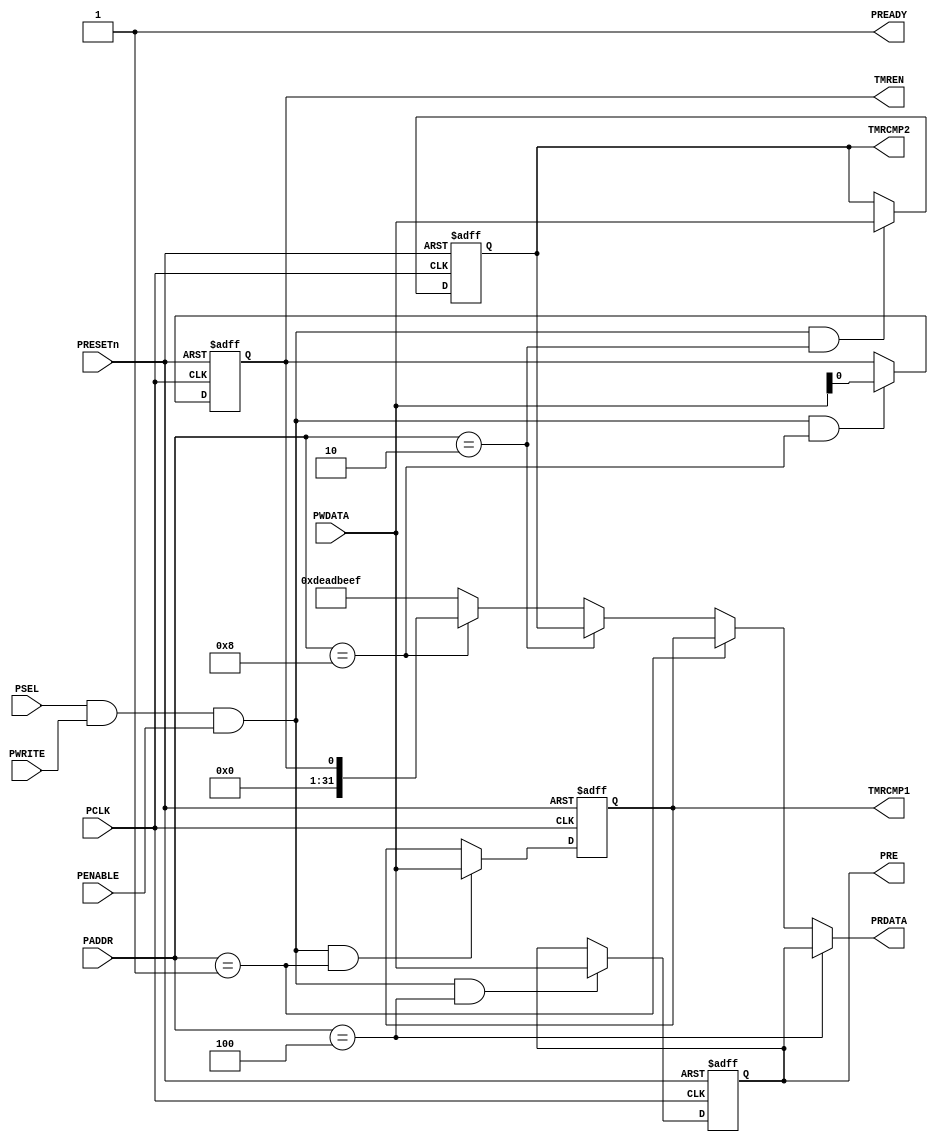
module APB_PWM32 (
	// APB Interface
	// clock and reset 
	input  wire        PCLK,    
	//input  wire        PCLKG,   // Gated clock
	input  wire        PRESETn, // Reset

	// input ports
	input  wire        PSEL,    // Select
	input  wire [19:2] PADDR,   // Address
	input  wire        PENABLE, // Transfer control
	input  wire        PWRITE,  // Write control
	input  wire [31:0] PWDATA,  // Write data

	// output ports
	output wire [31:0] PRDATA,  // Read data
	output wire        PREADY,
	// Device ready

	// IP Interface
	// PRE register/fields
	output [31:0] PRE,


	// TMRCMP1 register/fields
	output [31:0] TMRCMP1,


	// TMRCMP2 register/fields
	output [31:0] TMRCMP2,


	// TMREN register/fields
	output [0:0] TMREN

);
	wire rd_enable;
	wire wr_enable;
	assign  rd_enable = PSEL & (~PWRITE); 
	assign  wr_enable = PSEL & PWRITE & (PENABLE); 
	assign  PREADY = 1'b1;
    

    reg [31:0] PRE;

    reg [31:0] TMRCMP1;

    reg [31:0] TMRCMP2;

    reg [0:0] TMREN;


	// Register: PRE
	wire PRE_select = wr_enable & (PADDR[19:2] == 18'h4);

    always @(posedge PCLK or negedge PRESETn)
    begin
        if (~PRESETn)
            PRE <= 32'h0;
        else if (PRE_select)
            PRE <= PWDATA;
    end
    
	// Register: TMRCMP1
	wire TMRCMP1_select = wr_enable & (PADDR[19:2] == 18'h1);

    always @(posedge PCLK or negedge PRESETn)
    begin
        if (~PRESETn)
            TMRCMP1 <= 32'h0;
        else if (TMRCMP1_select)
            TMRCMP1 <= PWDATA;
    end
    
	// Register: TMRCMP2
	wire TMRCMP2_select = wr_enable & (PADDR[19:2] == 18'h2);

    always @(posedge PCLK or negedge PRESETn)
    begin
        if (~PRESETn)
            TMRCMP2 <= 32'h0;
        else if (TMRCMP2_select)
            TMRCMP2 <= PWDATA;
    end
    
	// Register: TMREN
	wire TMREN_select = wr_enable & (PADDR[19:2] == 18'h8);

    always @(posedge PCLK or negedge PRESETn)
    begin
        if (~PRESETn)
            TMREN <= 1'h0;
        else if (TMREN_select)
            TMREN <= PWDATA;
    end
    
	assign PRDATA = 
		(PADDR[19:2] == 18'h4) ? PRE : 
		(PADDR[19:2] == 18'h1) ? TMRCMP1 : 
		(PADDR[19:2] == 18'h2) ? TMRCMP2 : 
		(PADDR[19:2] == 18'h8) ? {31'd0,TMREN} : 
		32'hDEADBEEF;

endmodule